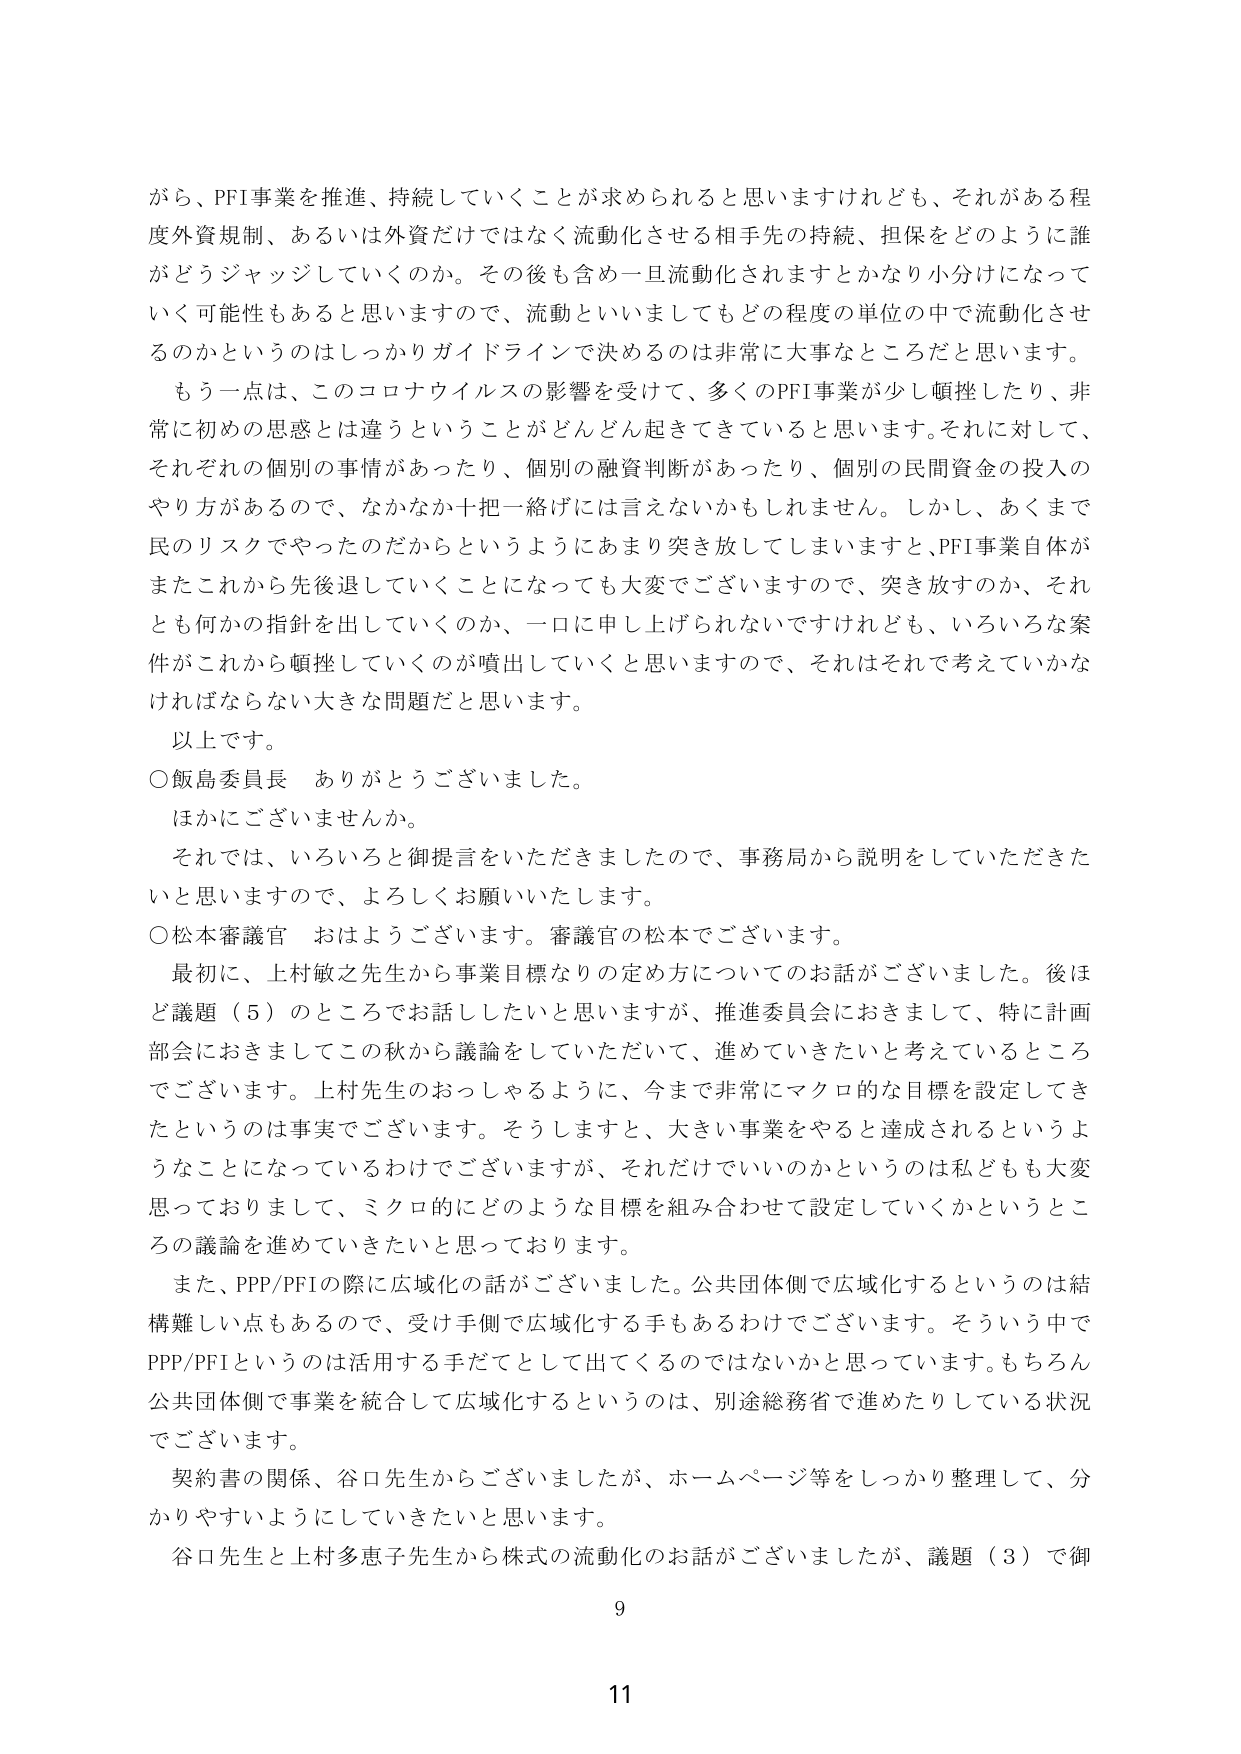
がら、PFI事業を推進、持続していくことが求められると思いますけれども、それがある程度外資規制、あるいは外資だけではなく流動化させる相手先の持続、担保をどのように誰がどうジャッジしていくのか。その後も含め一旦流動化されますとかなり小分けになっていく可能性もあると思いますので、流動といいましてもどの程度の単位の中で流動化させるのかというのはしっかりガイドラインで決めるのは非常に大事なところだと思います。

もう一点は、このコロナウイルスの影響を受けて、多くのPFI事業が少し頓挫したり、非常に初めの思惑とは違うということがどんどん起きていると思います。それに対して、それぞれの個別の事情があったり、個別の融資判断があったり、個別の民間資金の投入のやり方があるので、なかなか十把一絡げには言えないかもしれません。しかし、あくまで民のリスクでやったのだからというようにあまり突き放してしまいますと、PFI事業自体がまたこれから先後退していくことになっても大変でございますので、突き放すのか、それとも何かの指針を出していくのか、一口に申し上げられないですけれども、いろいろな案件がこれから頓挫していくのが噴出していくと思いますので、それはそれで考えていかなければならない大きな問題だと思います。

以上です。

○飯島委員長　ありがとうございます。

ほかにございませんか。

それでは、いろいろと御提言をいただきましたので、事務局から説明をしていただきたく思いますので、よろしくお願いいたします。

○松本審議官　おはようございます。審議官の松本でございます。

最初に、上村敏之先生から事業目標なりの定め方についてのお話がございました。後ほど議題（5）のところでお話したいと思いますが、推進委員会におきまして、特に計画部会におきましてこの秋から議論をしていただいて、進めていきたいと考えているところでございます。上村先生のおっしゃるように、今まで非常にマクロ的な目標を設定してきたというのは事実でございます。そうしますと、大きい事業をやると達成されるというようなことになっているわけでございますが、それだけでいいのかというのは私どもも大変思っておりまして、ミクロ的にどのような目標を組み合わせて設定していくかというところの議論を進めていきたいと思っております。

また、PPP/PFIの際に広域化の話がございました。公共団体側で広域化するというのは結構難しい点もあるので、受け手側で広域化する手もあるわけでございます。そういう中でPPP/PFIというのは活用する手だとして出てくるのではないかと思っています。もちろん公共団体側で事業を統合して広域化するというのは、別途総務省で進めたりしている状況でございます。

契約書の関係、谷口先生からございましたが、ホームページ等をしっかり整理して、分かりやすいようにしていきたいと思います。

谷口先生と上村多恵子先生から株式の流動化のお話がございましたが、議題（3）で御

9

11